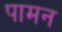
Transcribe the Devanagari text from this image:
पामन